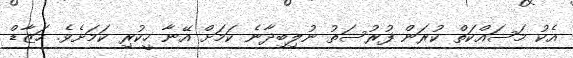
އެކު މަސައްކަތް ކުރަން ފުރުސަތު ނުލިބިދާނެ ކަމަށް އޭނާ ހީކުރި ކަމަށެވެ. ހަޒާޑް